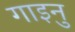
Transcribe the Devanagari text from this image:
गाइनु